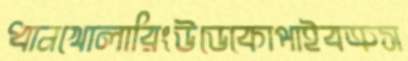
ধানখোলারিংউডেকোপাইবত্রুস